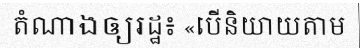
តំណាងឲ្យរដ្ឋ៖ «បើនិយាយតាម